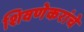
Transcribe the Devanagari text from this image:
शिवणेकरांचे